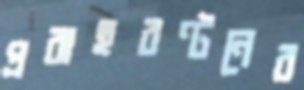
প্রবাহবণ্টনের